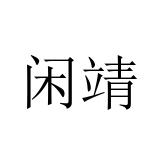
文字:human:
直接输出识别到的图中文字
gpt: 闲靖